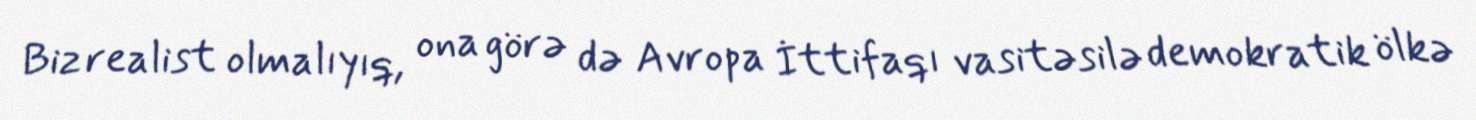
Biz realist olmalıyıq, ona görə də Avropa İttifaqı vasitəsilə demokratik ölkə